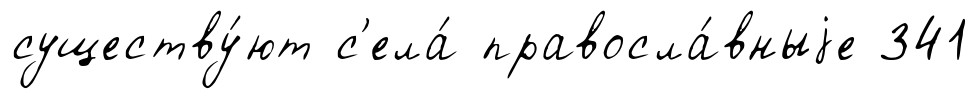
существу́ют с'ела́ правосла́вныjе 341